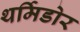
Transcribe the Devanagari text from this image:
थर्मिडोर